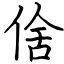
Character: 倽